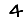
Digit: 4